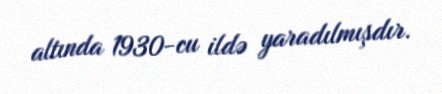
altında 1930-cu ildə yaradılmışdır.